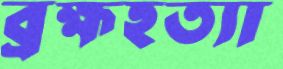
ব্রহ্মহত্যা